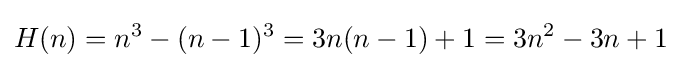
H(n)=n^{3}-(n-1)^{3}=3n(n-1)+1=3n^{2}-3n+1